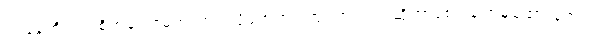
ပြုံးနေတိုင်းလဲစိတ်ဓာတ်မကျတတ်လို့မဟုတ်ပါဘူး အရင်ကဆိုဘာခံစားချက်မှမထားခဲ့ဘူး